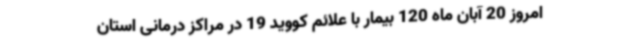
امروز 20 آبان ماه 120 بیمار با علائم کووید 19 در مراکز درمانی استان